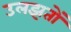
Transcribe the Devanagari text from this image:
उलझतों